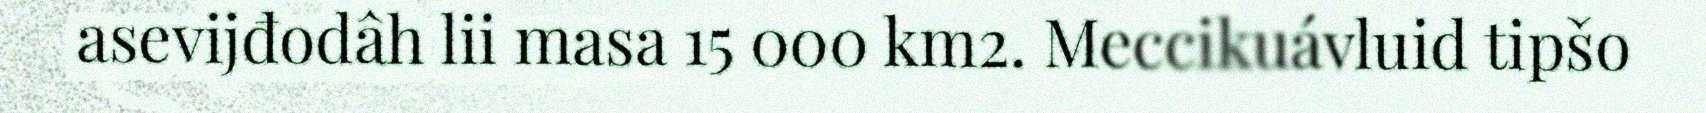
asevijđodâh lii masa 15 000 km2. Meccikuávluid tipšo